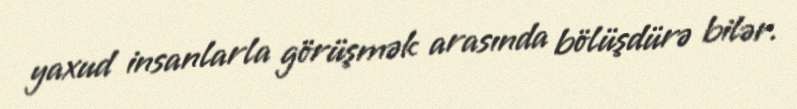
yaxud insanlarla görüşmək arasında bölüşdürə bilər.